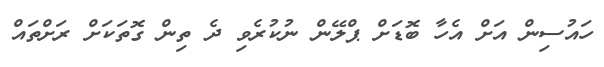
ހައުސިން އަށް އެހާ ބޮޑަށް ޕްލޭން ނުކުރެވި ދެ ތިން ގޮތަކަށް ރަށްތައް